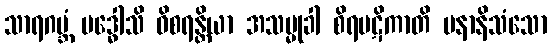
သာရဂဗ္ဘံ ဗဒ္ဓေါသိ ဝိစရန္တိယာ အသမ္မုခါ စိရပဋိကာတိ ပနာနိသံသော